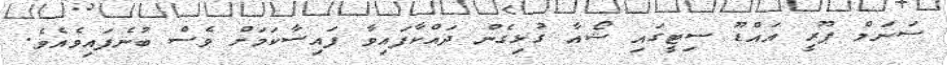
ސަނަމް ޕޫރީ އައްޑޫ ސިޓީގައި ޝޯއާ ގުޅިގެން ދައްކާފައިވާ ފައިސާކަމަށް ވެސް ބުނެފައިވެއެވެ.